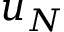
u _ { N }